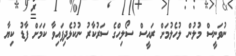
ނުވަނީސް މުލުން ލުހެލުމަށް ރައީސް ސޯލިހްގެ ސަރުކާރު ނުކުޅެދިފައިވާ ކަމަށް ފާޑު ކިޔާ